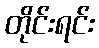
တိုင်းရင်း